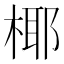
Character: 椰